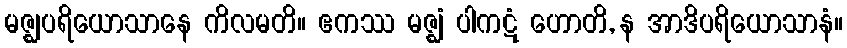
မဇ္ဈပရိယောသာနေ ကိလမတိ။ ဧကဿ မဇ္ဈံ ပါကဋံ ဟောတိ, န အာဒိပရိယောသာနံ။